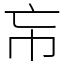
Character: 㠵